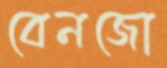
বেনজো